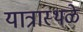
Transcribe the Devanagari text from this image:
यात्रास्थळे